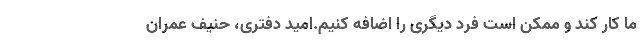
ما کار کند و ممکن است فرد دیگری را اضافه کنیم.امید دفتری، حنیف عمران